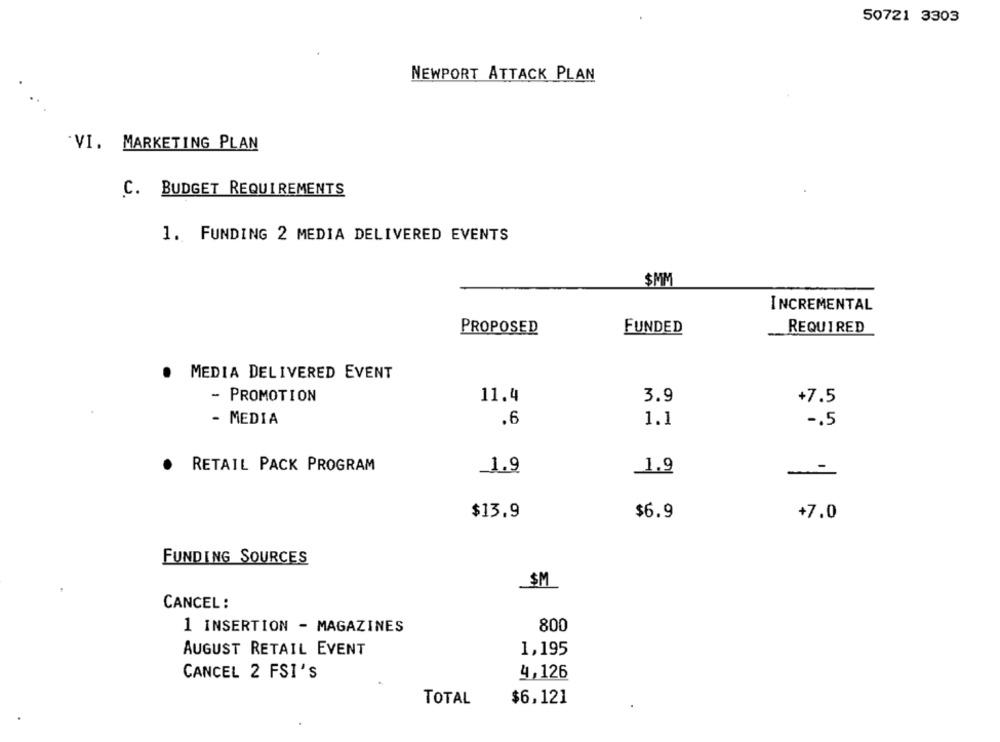
50721 3303
NEWPORT ATTACK PLAN
VI. MARKETING PLAN
C. BUDGET REQUIREMENTS
1. FUNDING 2 MEDIA DELIVERED EVENTS
$MM
INCREMENTAL
PROPOSED
FUNDED
REQUIRED
.
MEDIA DELIVERED EVENT
- PROMOTION
11.4
3.9
+7.5
- MEDIA
.6
1.1
-. 5
RETAIL PACK PROGRAM
1.9
1.9
--
$13.9
$6.9
+7.0
FUNDING SOURCES
$M
CANCEL :
1 INSERTION - MAGAZINES
800
AUGUST RETAIL EVENT
1,195
CANCEL 2 FSI'S
4,126
TOTAL
$6,121